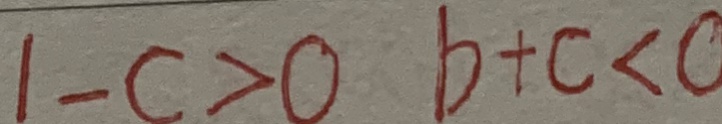
1 - c > 0 b + c < c